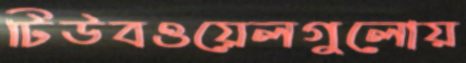
টিউবওয়েলগুলোয়